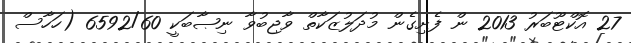
27 އޮކްޓޫބަރު 2013 ން ފެށިގެން މުދަލުޒަކާތް ވާޖިބުވާ ނިޞާބަކީ 6592/60 (ހަހާސް